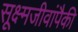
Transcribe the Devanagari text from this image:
सूक्ष्मजीवांपैकी